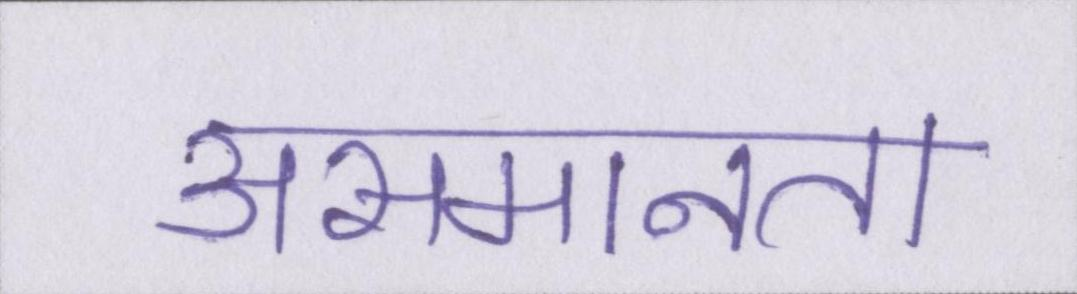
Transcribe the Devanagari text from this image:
असमानता